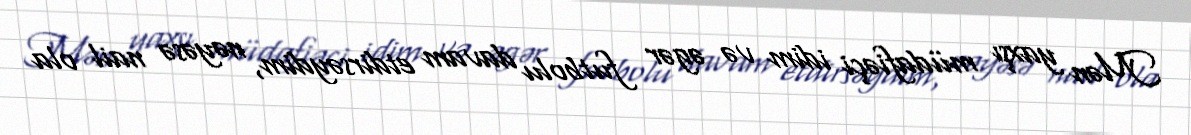
Mən yaxşı müdafiəçi idim və əgər futbolu davam etdirsəydim, nəyəsə nail ola